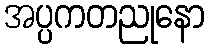
အပ္ပကတညုနော